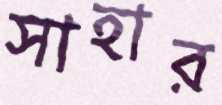
সাহার